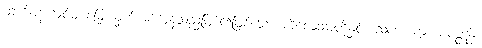
ထက်ဝန်းကျင်မှ မြှေးယှက်အပ်ကုန်သည်ဖြစ်၍ဖြစ်သော ကိလေသာတို့နှင့်။ သဟ၊ ကွ။ ပဝတ္တန္တိ၊